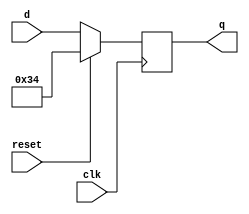
//2022_11_1 kerong
//DFF with reset value
module top_module (
    input clk,
    input reset,
    input [7:0] d,
    output reg [7:0] q
);

always @(negedge clk)begin
    if(reset)begin
        q <= 8'h34;
    end
    else begin
        q <= d;
    end
end


endmodule